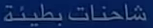
شاحنات-بطينة